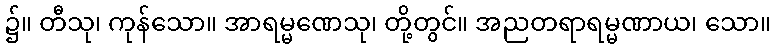
၌။ တီသု၊ ကုန်သော။ အာရမ္မဏေသု၊ တို့တွင်။ အညတရာရမ္မဏာယ၊ သော။